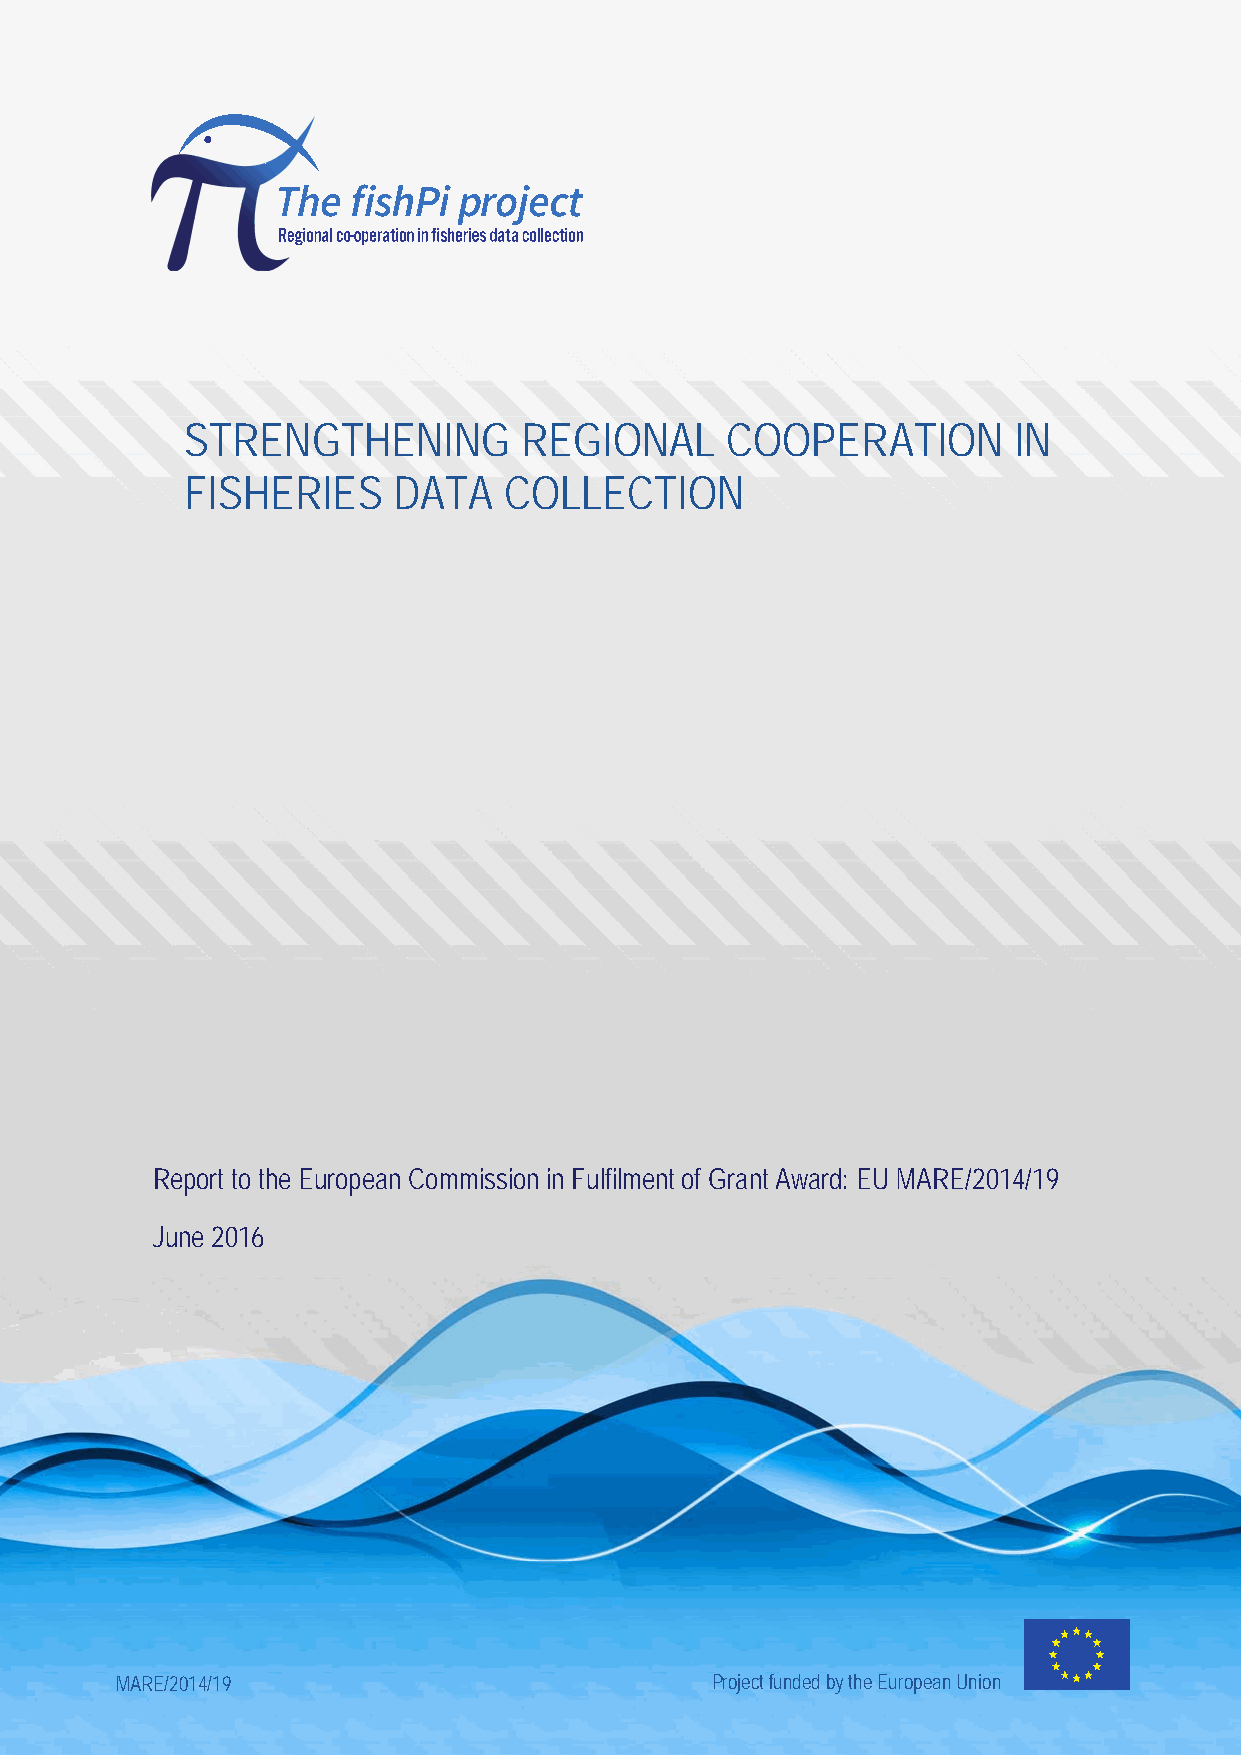
STRENGTHENING         REGIONAL      COOPERATION        IN
 FISHERIES     DATA   COLLECTION
 Report to the European Commission in Fulfilment of Grant Award: EU MARE/2014/19
 June 2016
 MARE/2014/19                           Project funded by the European Union